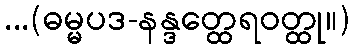
...(ဓမ္မပဒ-နန္ဒတ္ထေရဝတ္ထု။)